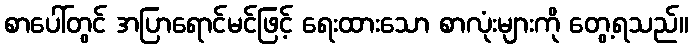
စာပေါ်တွင် အပြာရောင်မင်ဖြင့် ရေးထားသော စာလုံးများကို တွေ့ရသည်။